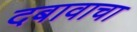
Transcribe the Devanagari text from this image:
दबावाचा